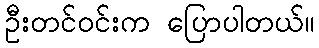
ဦးတင်ဝင်းက ပြောပါတယ်။